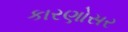
કારણોસર